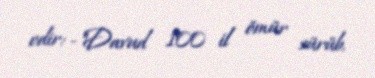
edir: -"Davud 100 il ömür sürüb.